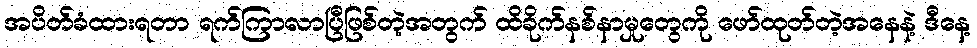
အပိတ်ခံထားရတာ ရက်ကြာလာပြီဖြစ်တဲ့အတွက် ထိခိုက်နစ်နာမှုတွေကို ဖော်ထုတ်တဲ့အနေနဲ့ ဒီနေ့